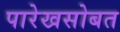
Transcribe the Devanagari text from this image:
पारेखसोबत